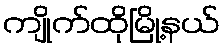
ကျိုက်ထိုမြို့နယ်